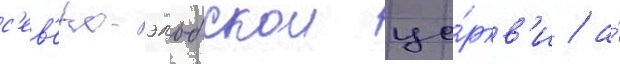
с'ев'еро-эльбскои це́ркв'и / а́